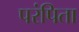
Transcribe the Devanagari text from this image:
परंपिता